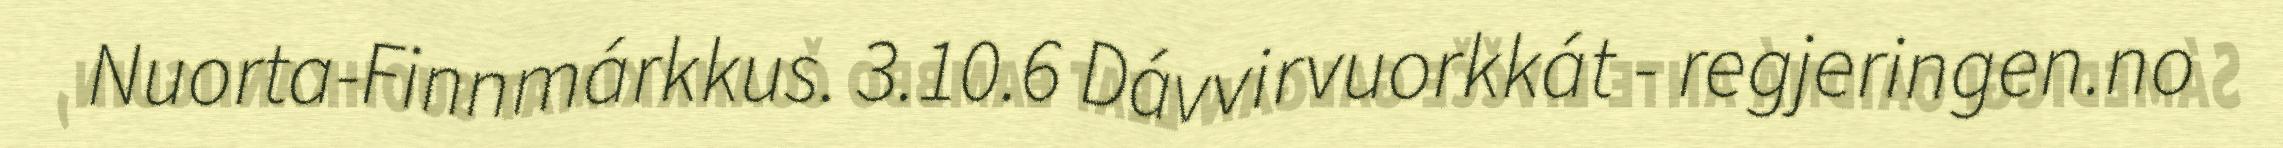
Nuorta-Finnmárkkus. 3.10.6 Dávvirvuorkkát - regjeringen.no